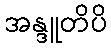
အန္ဒူတိပိ